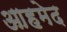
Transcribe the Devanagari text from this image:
आहमेद